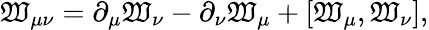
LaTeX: \mathfrak{W}_{\mu\nu}=\partial_{\mu}\mathfrak{W}_{\nu}-\partial_{\nu}\mathfrak{W}_{\mu}+\left[\mathfrak{W}_{\mu},\mathfrak{W}_{\nu}\right],